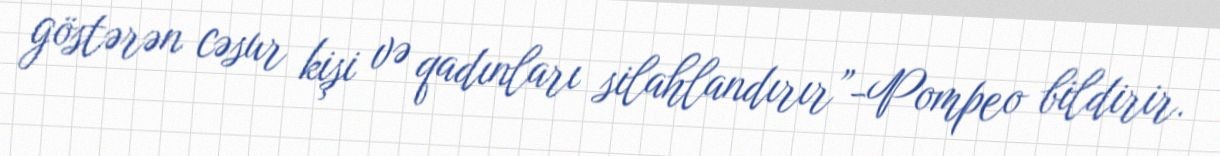
göstərən cəsur kişi və qadınları silahlandırır”-Pompeo bildirir.